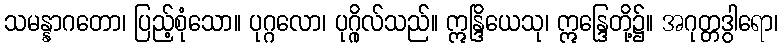
သမန္နာဂတော၊ ပြည့်စုံသော။ ပုဂ္ဂလော၊ ပုဂ္ဂိုလ်သည်။ ဣန္ဒြိယေသု၊ ဣန္ဒြေတို့၌။ အဂုတ္တဒွါရော၊